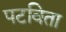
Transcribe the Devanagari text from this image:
पटविता